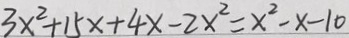
3 x ^ { 2 } + 1 5 x + 4 x - 2 x ^ { 2 } = x ^ { 2 } - x - 1 0